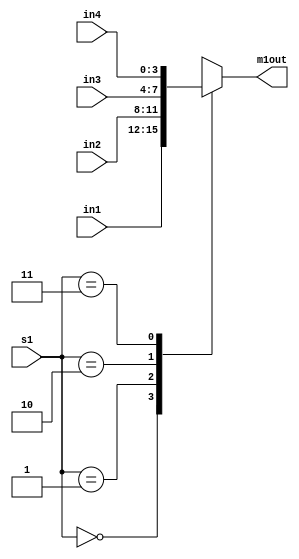
`timescale 1ns / 1ps
module MUX1#(parameter WIDTH = 4) (
input [WIDTH-1:0] in1, in2, in3, in4,
input [1:0] s1,
output reg [WIDTH-1:0] m1out);
always @ (in1, in2, in3, in4, s1) begin
    case (s1)
        2'b00: m1out = in1;
        2'b01: m1out = in2;
        2'b10: m1out = in3;
        2'b11: m1out = in4; // 2'b11
    endcase
end
endmodule //MUX1